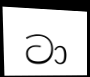
ටා